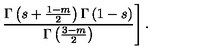
\left. \frac { \Gamma \left( s + \frac { 1 - m } { 2 } \right) \Gamma \left( 1 - s \right) } { \Gamma \left( \frac { 3 - m } { 2 } \right) } \right] .